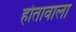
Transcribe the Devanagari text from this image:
होतावाला